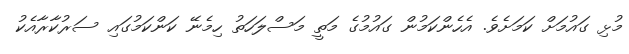
މުޅި ގައުމަށް ކަމަށެވެ. އެހެންކަމުން ގައުމުގެ މަތީ މަސްލަހަތު ހިމެނޭ ކަންކަމުގައި ސަރުކާރާއެކު